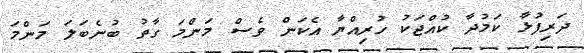
ދަރިފުޅާ ކަމުދާ ކުއްޖަކު ހުރިއްޔާ އެކަން ވެސް މަންމަ ގާތު ބުނެބަލަ މަންމަ